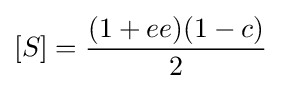
[S]={\frac {(1+ee)(1-c)}{2}}